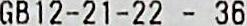
GB12-21-22 - 36